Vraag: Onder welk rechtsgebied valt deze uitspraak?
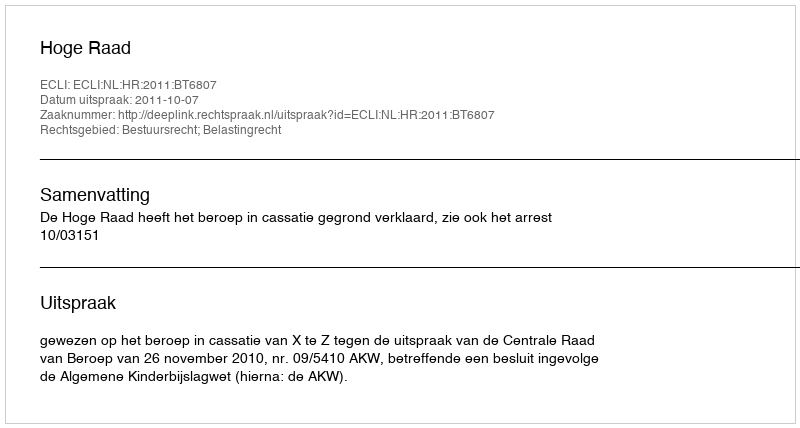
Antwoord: Bestuursrecht; Belastingrecht